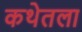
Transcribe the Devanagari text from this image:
कथेतला